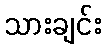
သားချင်း